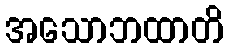
အသောဘထာတိ